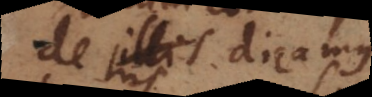
de his dicamus,